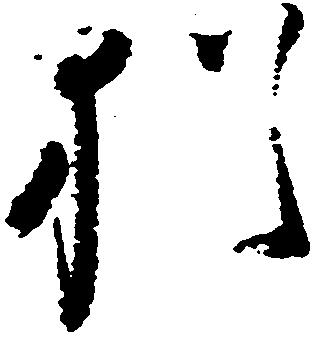
猶